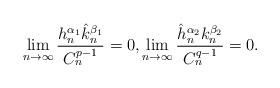
LaTeX: \begin{align*}\lim_{n\to\infty}\frac{h_n^{\alpha_1}\hat{k}_n^{\beta_1}}{C_n^{p-1}}=0,\lim_{n\to\infty}\frac{\hat{h}_n^{\alpha_2}k_n^{\beta_2}}{C_n^{q-1}}=0.\end{align*}